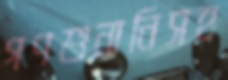
গণশুনানিসহ